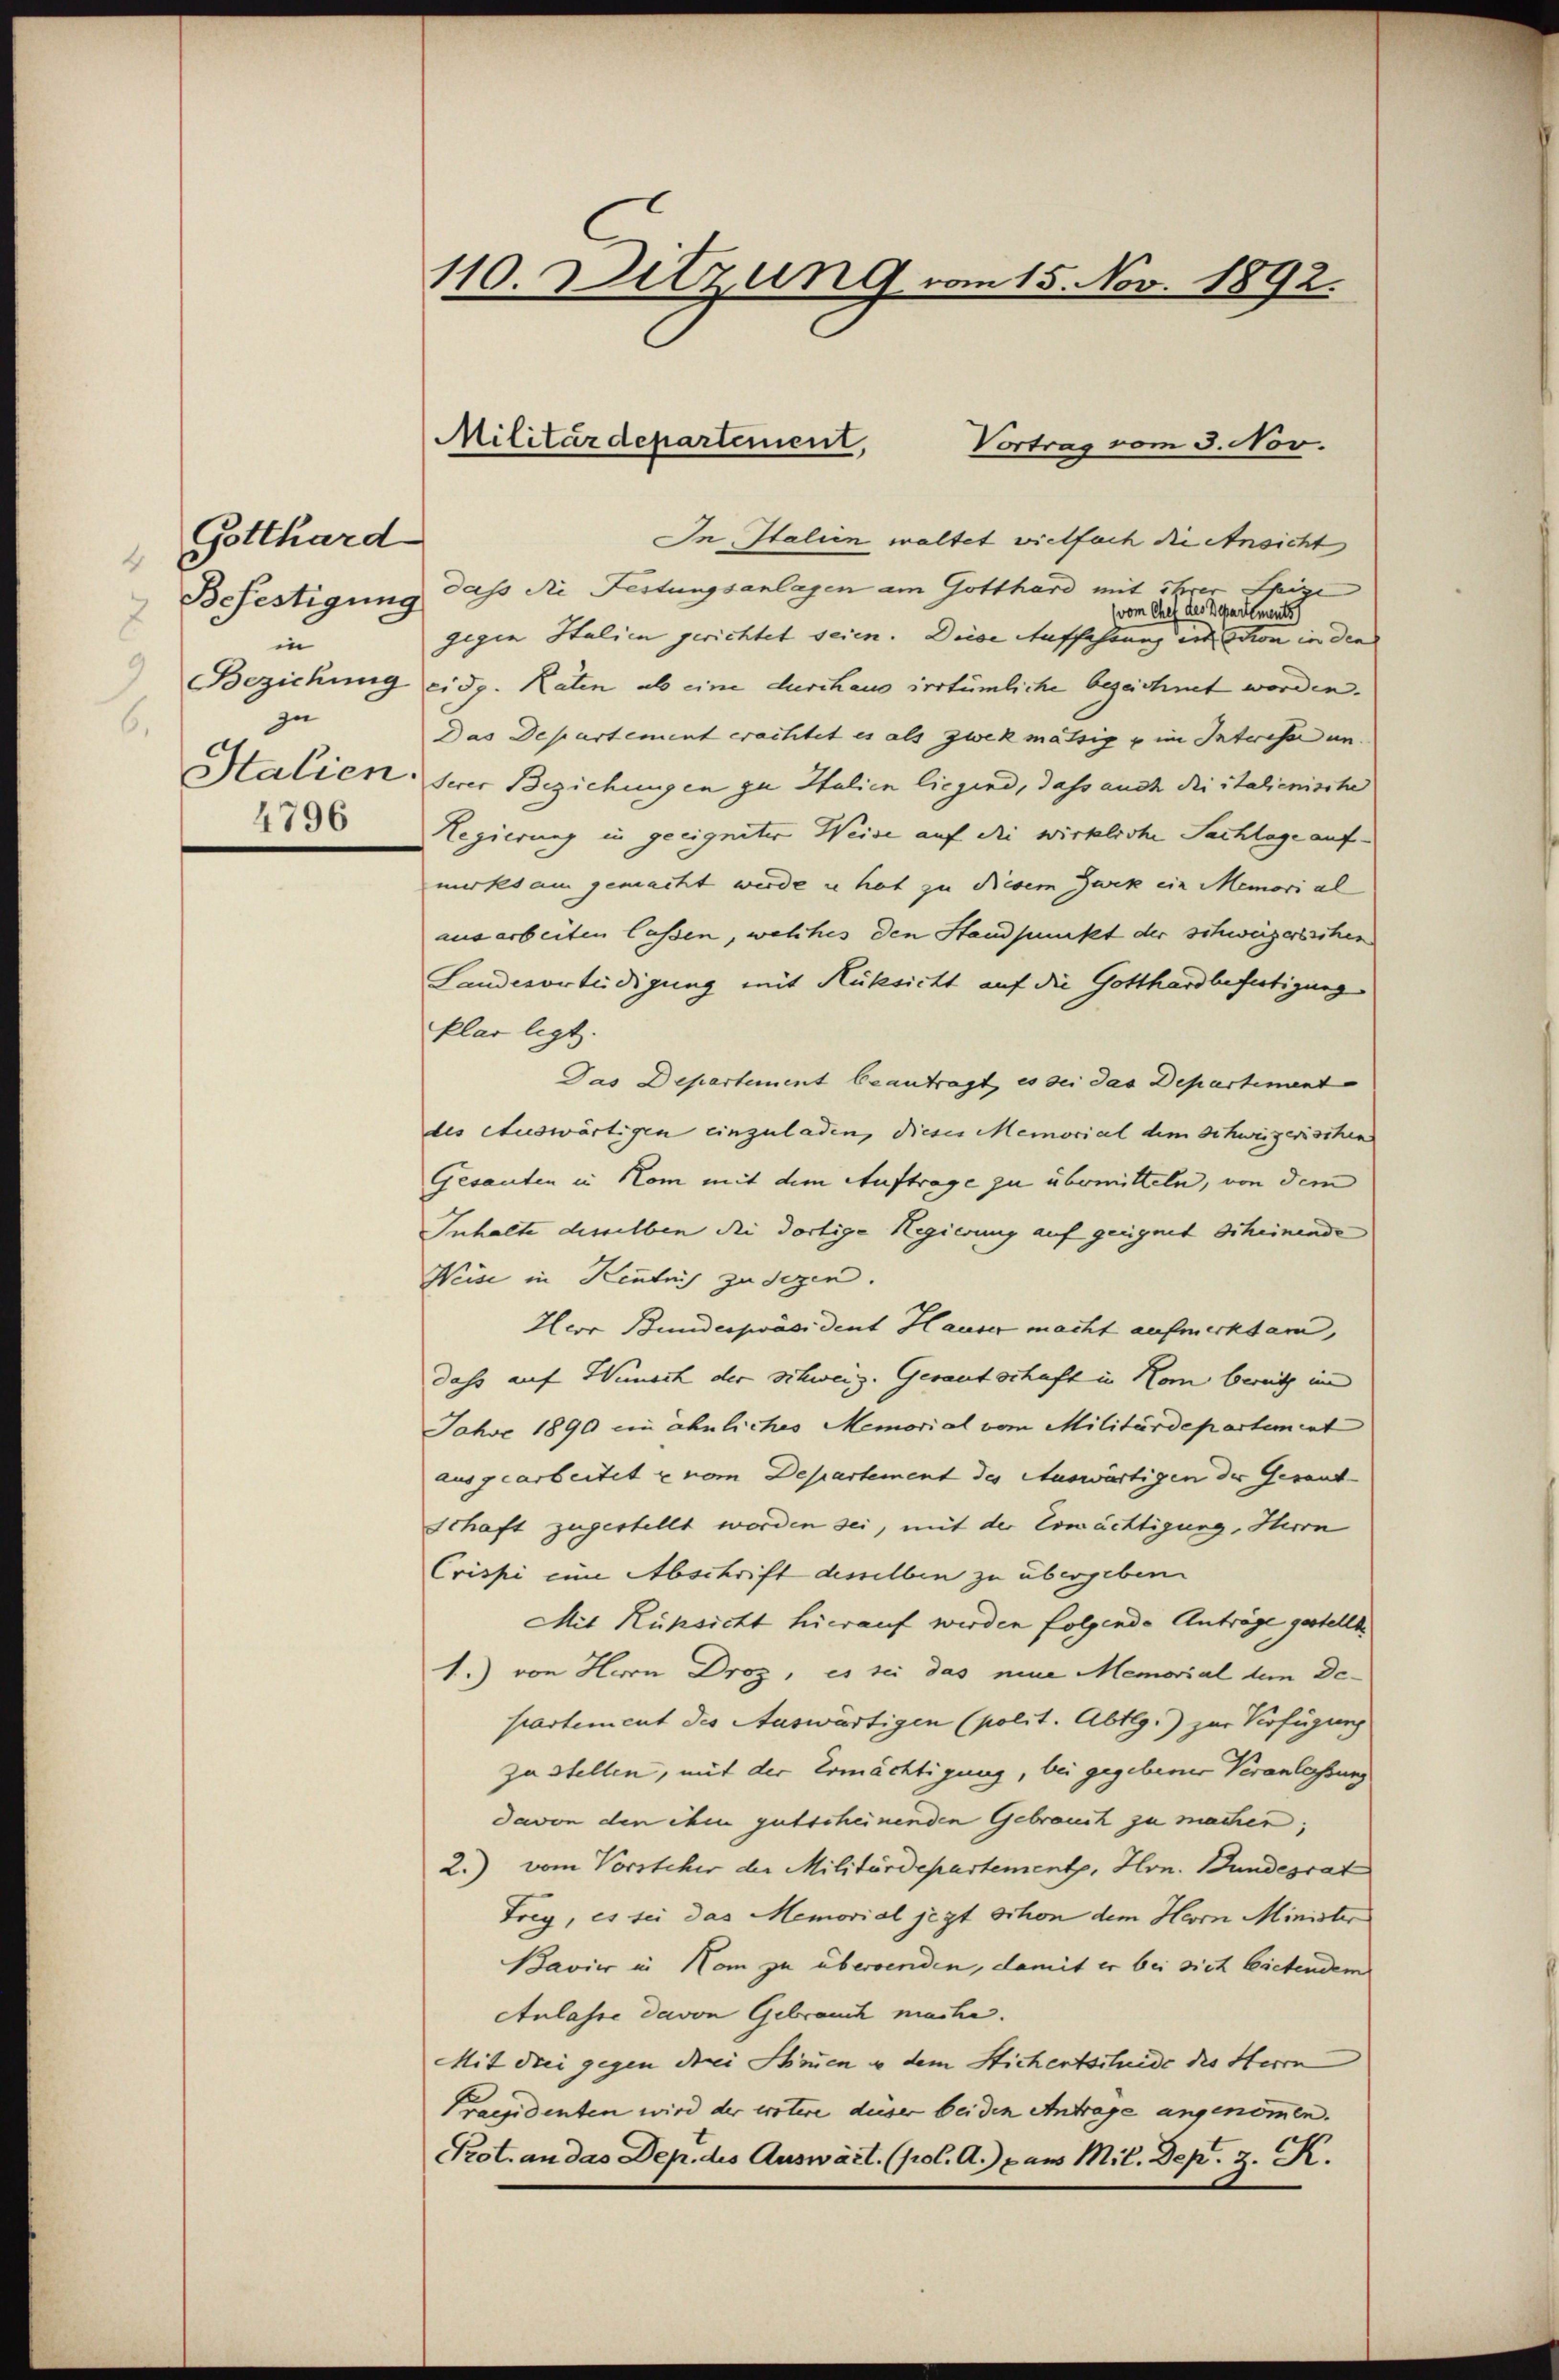
Gotthard
4
Befestigung
2
u
9
zu
6.
4796

110. Ditzung vom 15. Nov. 1892.

Militärdepartement,
Vortrag vom 3. Nov.

In Italien waltet vielfach die Ansicht
dass die Festungsanlagen am Gotthard mit ihrer Spize
(vom Chef des Departementst
gegen Italien gerichtet seien. Diese Auffassung in schon in den
Beziehung eidg. Raten als eine durchaus irrtümliche bezeichnet worden.
Das Departement erachtet es als zwekmässig u im Interesse un
Malien. Hier Beziehungen zu Italien liegend, dass auch die italienische
Regierung in geeigneter Weise auf die wirkliche Sachlage aufmerkt am gemacht werde u. hat zu diesem Zwek ein Memorial
ausarbeiten lassen, welches den Standpunkt der schweizersichen
Landsorteidigung mit Rüksicht auf die Gotthardbefertigung
klar ligt.
Das Departement beantragt, es sei das Departement
des Auswärtigen einzuladen, dieses Memorial dem schweizerischen
Gesandten in Kom mit dem Auftrage zu übermitteln, von dem
Inhalte desselben die dortige Regierung auf geeignet scheinende
Weise in Kenntnis zu sezen.
Herr Bundespräsident Hauser macht aufmerkten,
dass auf Wunsch der schweiz. Gerautschaft in Kom bereits im
Jahre 1890 ein ähnliches Memorial vom Militärdepartement
ausgearbeitet u vom Departement des Auswärtigen der Gesand¬
Schaft zugestellt worden sei, mit der Ermächtigung, Herrn
Crispi eine Abschrift desselben zu übergeben.
Mit Rüksicht hierauf werden folgende Anträge gestellt.
1.) von Herrn Droz, es sei das eine Memorial dem Departement des Auswärtigen (polit. Abtlg.) zur Verfügung
zu stellen, mit der Ermächtigung, bei gegebener Veranlassung
davon den eben gutscheinenden Gebrauch zu machen;
2.) vom Vorsteher der Militärdepartement, Hrn. Bundesrat
Frey, es sei das Memorial jezt schon dem Herrn Minister
Bavier in Nom zu überwenden, damit er bei sich bietendem
Anlasse davon Gebrauch mache.
Mit drei gegen drei Stimmen in dem Stichentscheide des Herrn
Praesidenten wird der erstere dieser bei den Antrage angenommen.
Prot. an das Dep. des Auswärt. (pol. A.) pans Mil. Dep. 3. K.